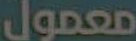
معمول